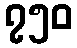
၇၅၀